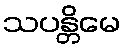
သပန္တိမေ